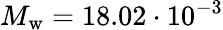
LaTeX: M_{\mathrm{w}}=18.02\cdot 10^{-3}